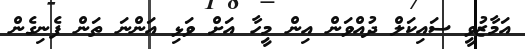
އަމާޒުވީ ސައިކަލް ދުއްވަން އިން މީހާ އަށް ވަޅި އަންނަ ތަން ފެނިގެން